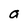
Character: a